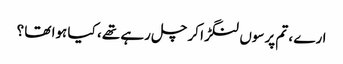
ارے ، تم پرسوں لنگڑا کر چل رہے تھے ، کیا ہوا تھا ؟